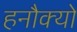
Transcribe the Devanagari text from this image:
हनौक्यो